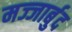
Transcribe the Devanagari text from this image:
मज्जार्बुद